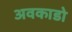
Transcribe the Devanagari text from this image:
अवकाडाे